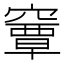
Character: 𥨎